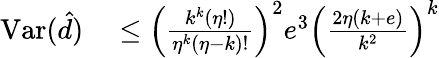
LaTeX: \begin{array}{rl}{\mathrm{Var}(\hat{d})}&{{}\leq\left(\frac{k^{k}\left(\eta!\right)}{\eta^{k}\left(\eta-k\right)!}\right)^{2}e^{3}\left(\frac{2\eta\left(k+e\right)}{k^{2}}\right)^{k}}\end{array}